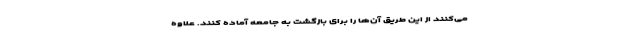
می‌کنند از این طریق آن‌ها را برای بازگشت به جامعه آماده کنند. علاوه